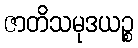
ဇာတိသမုဒယဉ္စ